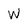
Character: W